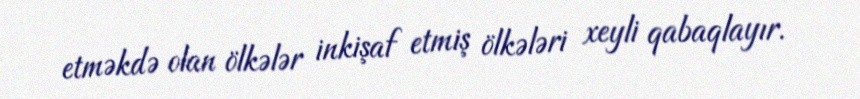
etməkdə olan ölkələr inkişaf etmiş ölkələri xeyli qabaqlayır.